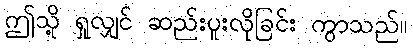
ဤသို့ ရှုလျှင် ဆည်းပူးလိုခြင်း ကွာသည်။